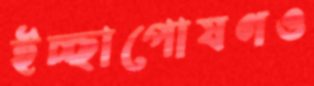
ইচ্ছাপোষণও